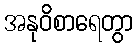
အနုဝိစာရေတွာ